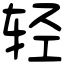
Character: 轻